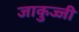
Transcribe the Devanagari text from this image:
जाकुज्जी